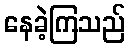
နေခဲ့ကြသည်